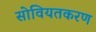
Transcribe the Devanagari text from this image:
सोवियतकरण